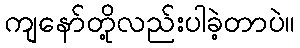
ကျနော်တို့လည်းပါခဲ့တာပဲ။